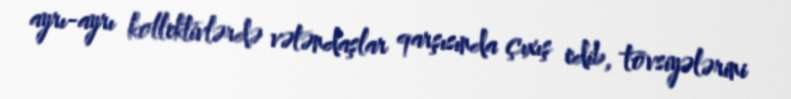
ayrı-ayrı kollektivlərdə vətəndaşlar qarşısında çıxış edib, tövsiyələrini